Annual administration report of the Civil Veterinary Department of India - 1896-1897
Year: 1896
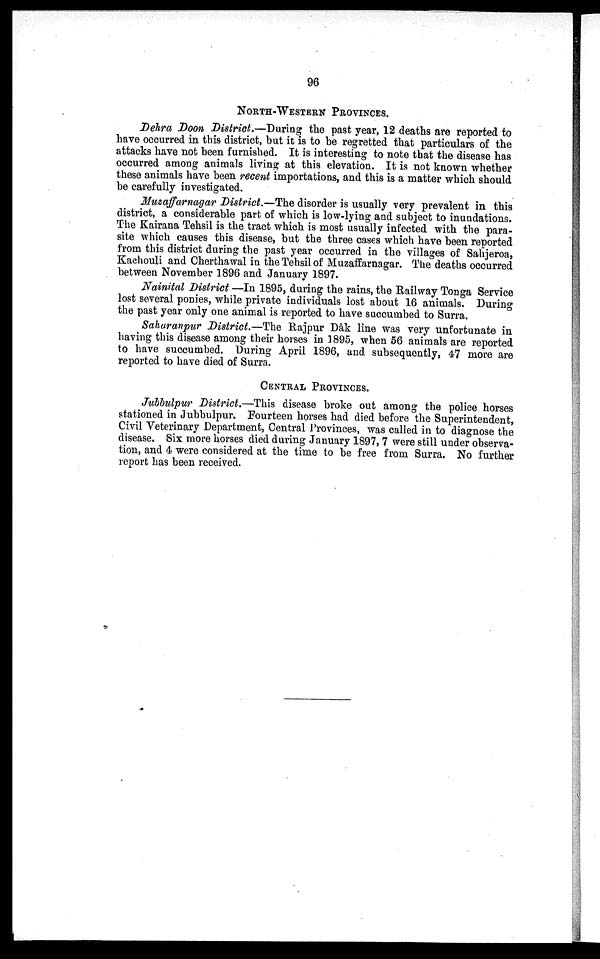
96
NORTH-WESTERN PROVINCES.
Dehra Doon District.—During the past year, 12 deaths are reported to
have occurred in this district, but it is to be regretted that particulars of the
attacks have not been furnished. It is interesting to note that the disease has
occurred among animals living at this elevation. It is not known whether
these animals have been recent importations, and this is a matter which should
be carefully investigated.
Muzaffarnagar District.—The disorder is usually very prevalent in this
district, a considerable part of which is low-lying and subject to inundations.
The Kairana Tehsil is the tract which is most usually infected with the para-
site which causes this disease, but the three cases which have been reported
from this district during the past year occurred in the villages of Sahjeroa,
Kachouli and Cherthawal in the Tehsil of Muzaffarnagar. The deaths occurred
between November 1896 and January 1897.
Nainital District—In 1895, during the rains, the Railway Tonga Service
lost several ponies, while private individuals lost about 16 animals. During
the past year only one animal is reported to have succumbed to Surra.
Saharanpur District.—The Rajpur Dâk line was very unfortunate in
having this disease among their horses in 1895, when 56 animals are reported
to have succumbed. During April 1896, and subsequently, 47 more are
reported to have died of Surra.
CENTRAL PROVINCES.
Jubbulpur District.—This disease broke out among the police horses
stationed in Jubbulpur. Fourteen horses had died before the Superintendent,
Civil Veterinary Department, Central Provinces, was called in to diagnose the
disease. Six more horses died during January 1897, 7 were still under observa-
tion, and 4 were considered at the time to be free from Surra. No further
report has been received.